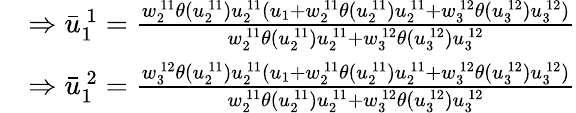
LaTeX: \begin{array}{rl}&{\Rightarrow\bar{u}_{1\ }^{\ 1}=\frac{w_{2\ }^{\ 11}\theta(u_{2\ }^{\ 11})u_{2\ }^{\ 11}(u_{1}+w_{2\ }^{\ 11}\theta(u_{2\ }^{\ 11})u_{2\ }^{\ 11}+w_{3\ }^{\ 12}\theta(u_{3\ }^{\ 12})u_{3\ }^{\ 12})}{w_{2\ }^{\ 11}\theta(u_{2\ }^{\ 11})u_{2\ }^{\ 11}+w_{3\ }^{\ 12}\theta(u_{3\ }^{\ 12})u_{3\ }^{\ 12}}}\\ &{\Rightarrow\bar{u}_{1\ }^{\ 2}=\frac{w_{3\ }^{\ 12}\theta(u_{2\ }^{\ 11})u_{2\ }^{\ 11}(u_{1}+w_{2\ }^{\ 11}\theta(u_{2\ }^{\ 11})u_{2\ }^{\ 11}+w_{3\ }^{\ 12}\theta(u_{3\ }^{\ 12})u_{3\ }^{\ 12})}{w_{2\ }^{\ 11}\theta(u_{2\ }^{\ 11})u_{2\ }^{\ 11}+w_{3\ }^{\ 12}\theta(u_{3\ }^{\ 12})u_{3\ }^{\ 12}}}\end{array}